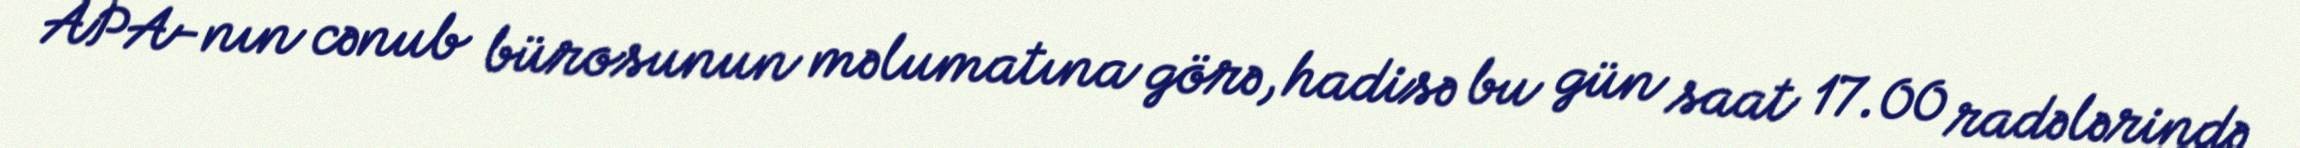
APA-nın cənub bürosunun məlumatına görə, hadisə bu gün saat 17.00 radələrində